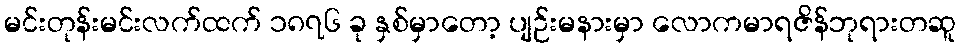
မင်းတုန်းမင်းလက်ထက် ၁၈၇၆ ခု နှစ်မှာတော့ ပျဉ်းမနားမှာ လောကမာရဇိန်ဘုရားတဆူ